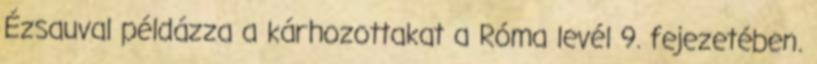
Ézsauval példázza a kárhozottakat a Róma levél 9. fejezetében.